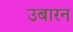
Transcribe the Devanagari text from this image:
उबारन